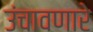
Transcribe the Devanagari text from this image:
उंचावणारे